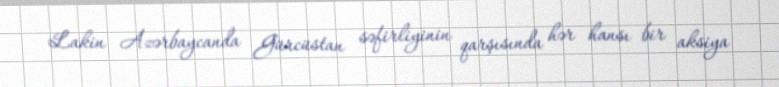
Lakin Azərbaycanda Gürcüstan səfirliyinin qarşısında hər hansı bir aksiya